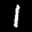
Label: 1